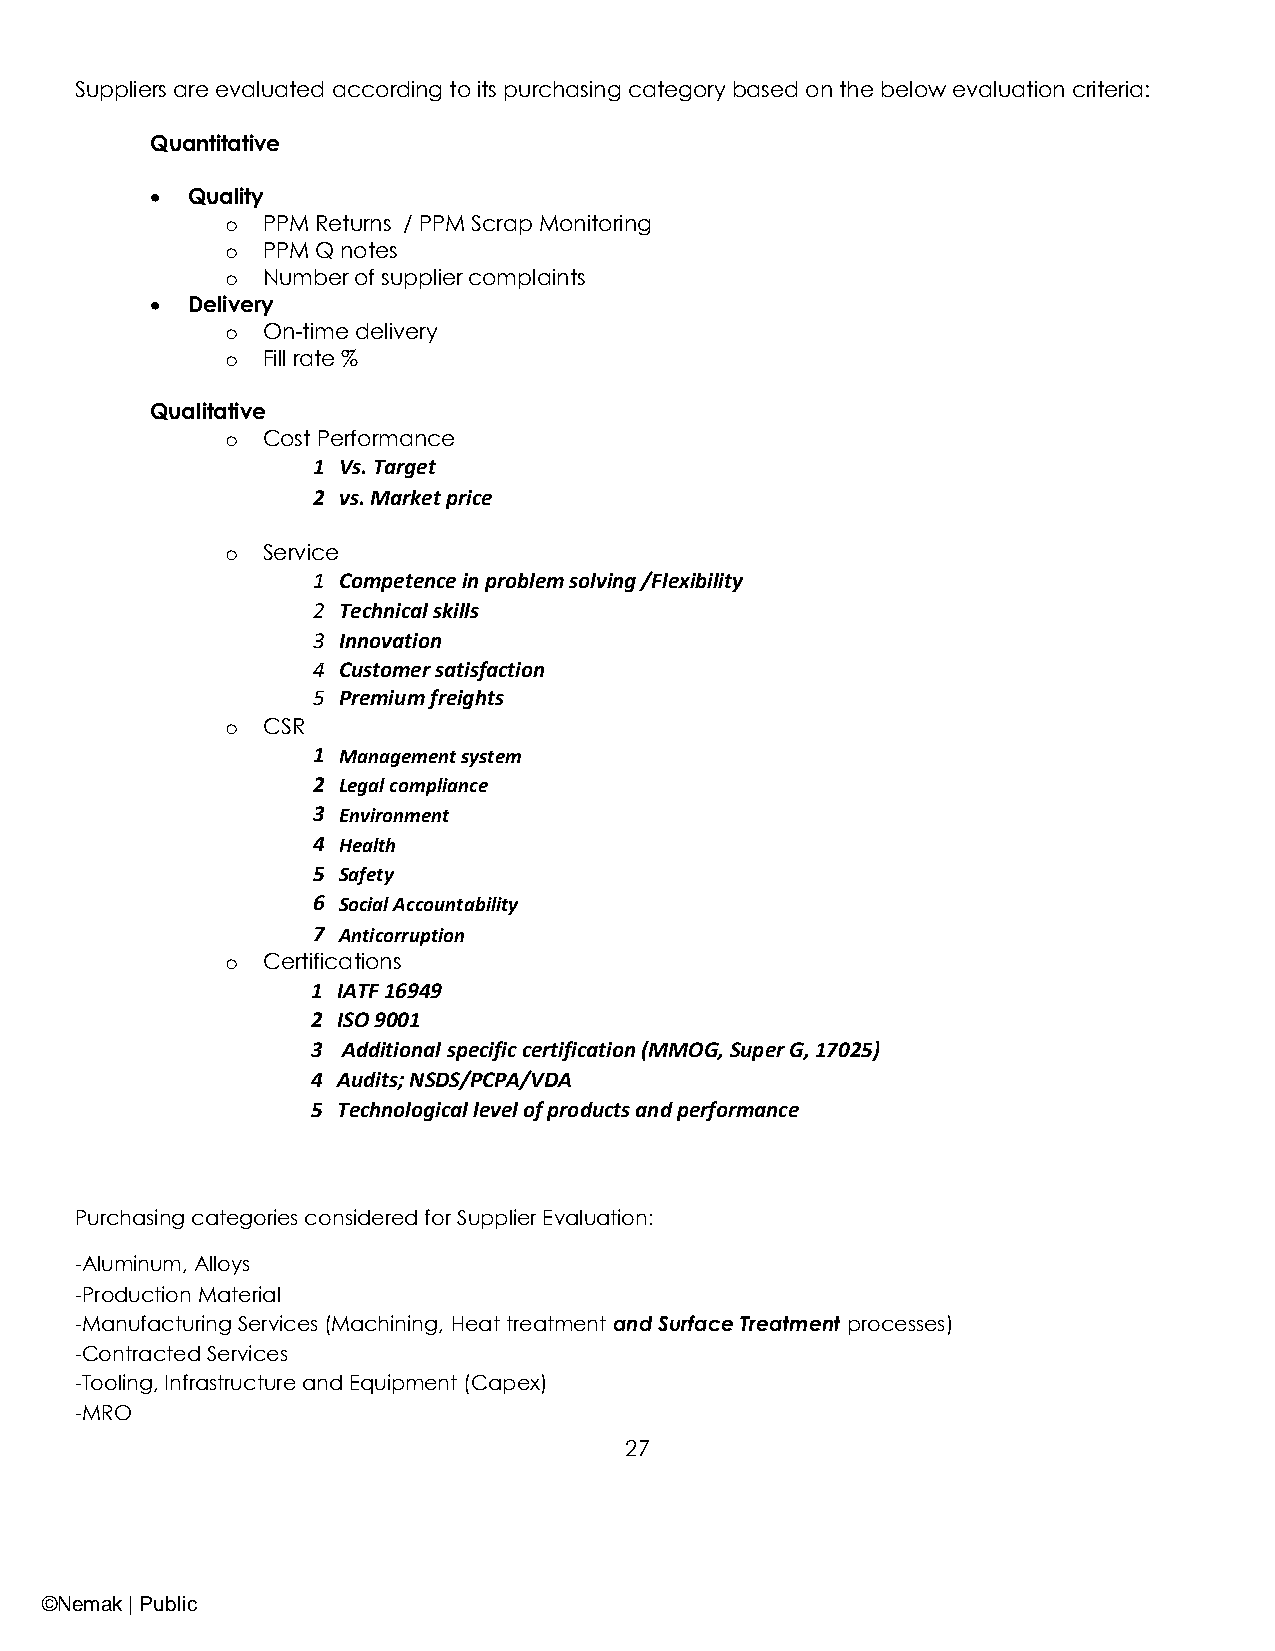
Suppliers are evaluated according to its purchasing category based on the below evaluation criteria:
 Quantitative
 • Quality
 o PPM Returns / PPM Scrap Monitoring
 o PPM Q notes
 o Number of supplier complaints
 • Delivery
 o On-time delivery
 o Fill rate %
 Qualitative
 o Cost Performance
 1 Vs. Target
 2 vs. Market price
 o Service
 1 Competence in problem solving /Flexibility
 2 Technical skills
 3 Innovation
 4 Customer satisfaction
 5 Premium freights
 o CSR
 1 Management system
 2 Legal compliance
 3 Environment
 4 Health
 5 Safety
 6 Social Accountability
 7 Anticorruption
 o Certifications
 1 IATF 16949
 2 ISO 9001
 3 Additional specific certification (MMOG, Super G, 17025)
 4 Audits; NSDS/PCPA/VDA
 5 Technological level of products and performance
 Purchasing categories considered for Supplier Evaluation:
 -Aluminum, Alloys
 -Production Material
 -Manufacturing Services (Machining, Heat treatment and Surface Treatment processes)
 -Contracted Services
 -Tooling, Infrastructure and Equipment (Capex)
 -MRO
 27
 ©Nemak | Public